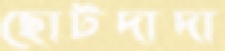
ছোটদাদা